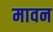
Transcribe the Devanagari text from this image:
मावन